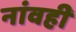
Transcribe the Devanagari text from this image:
नांवही